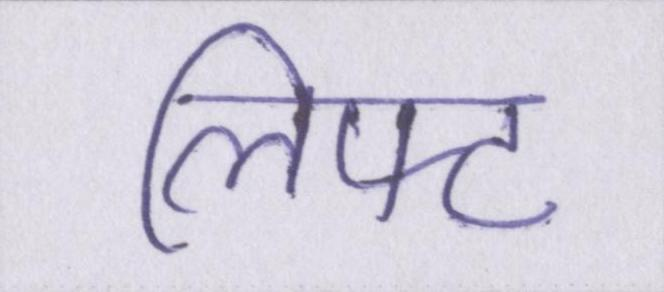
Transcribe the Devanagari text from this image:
लिफ्ट